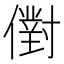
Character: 𠏮